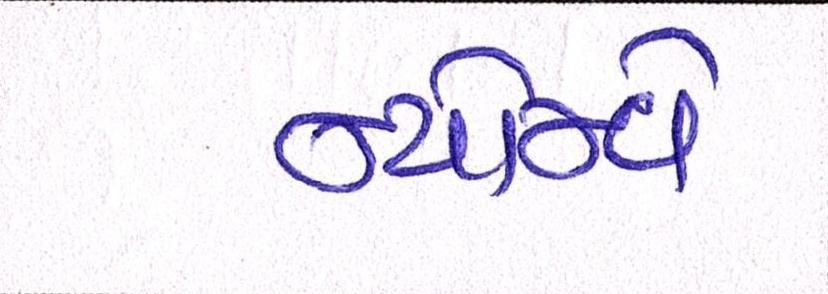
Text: ન્યોમ્વે